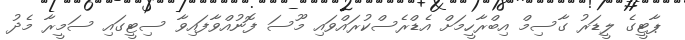
ޕާޓީގެ ލީޑަރު ގާސިމް އިބްރާހީމަށް އެޑްރެސްކުރައްވައި މޫސަ ފޮނުއްވާފައިވާ ސިޓީގައި ސަމީރާ މެދު